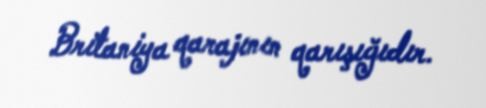
Britaniya qarajının qarışığıdır.